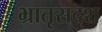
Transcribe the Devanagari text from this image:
भ्रातृसदृश